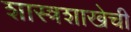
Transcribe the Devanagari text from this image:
शास्त्रशाखेची